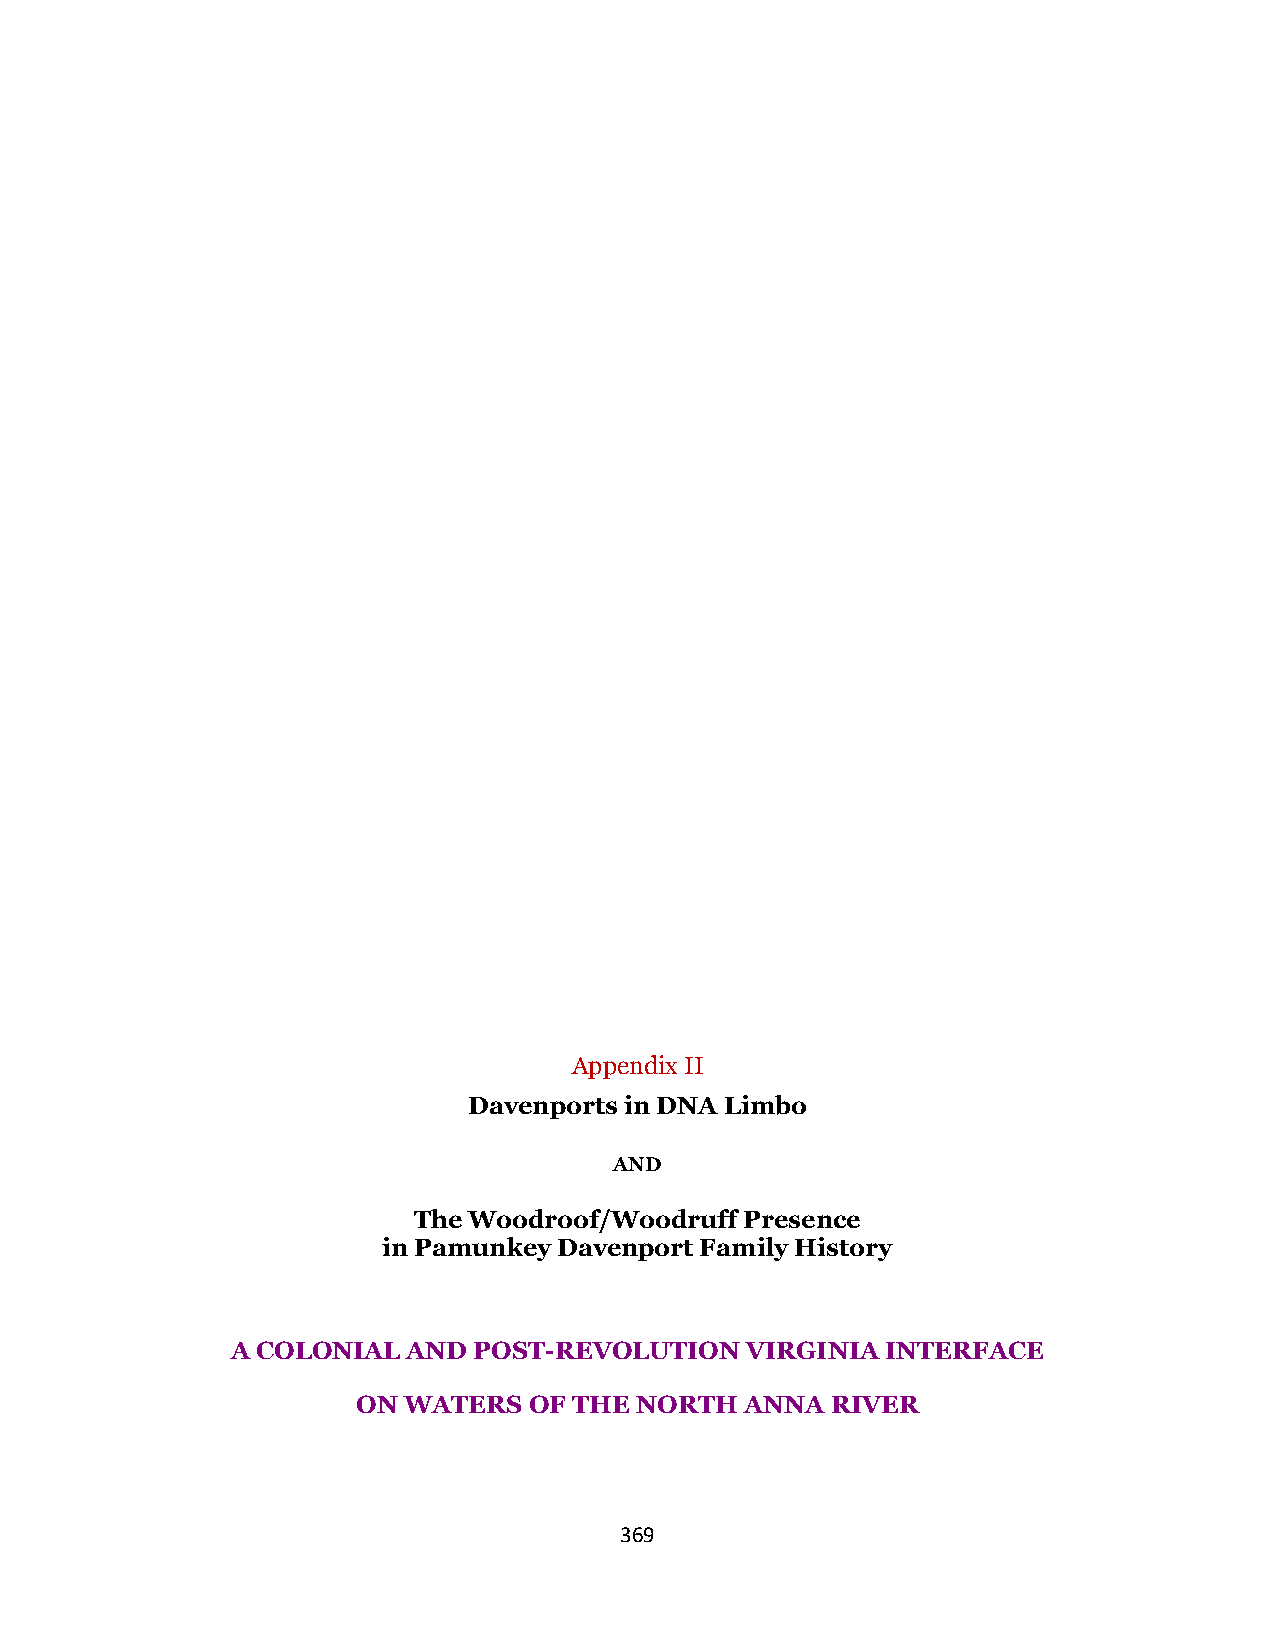
Appendix II
 Davenports in DNA Limbo
 AND
 The Woodroof/Woodruff Presence
 in Pamunkey Davenport Family History
 A COLONIAL  AND POST-REVOLUTION   VIRGINIA  INTERFACE
 ON WATERS  OF THE NORTH  ANNA  RIVER
 369